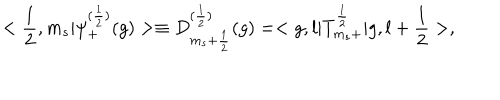
LaTeX: < \frac { 1 } { 2 } , m _ { s } | { \psi } _ { + } ^ { ( \frac { 1 } { 2 } ) } ( g ) > \equiv D _ { m _ { s } + \frac { 1 } { 2 } } ^ { ( \frac { 1 } { 2 } ) } ( g ) = < g , l | T _ { m _ { s } + } ^ { \frac { 1 } { 2 } } | g , l + \frac { 1 } { 2 } > ,